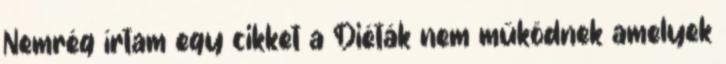
Nemrég írtam egy cikket a Diéták nem működnek amelyek